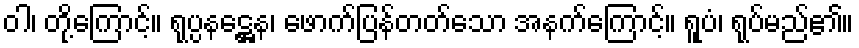
ဝါ၊ တို့ကြောင့်။ ရုပ္ပနဋ္ဌေန၊ ဖောက်ပြန်တတ်သော အနက်ကြောင့်။ ရူပံ၊ ရုပ်မည်၏။